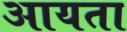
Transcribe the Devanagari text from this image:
आयता